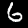
Digit: 6